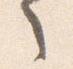
言